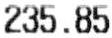
235.85